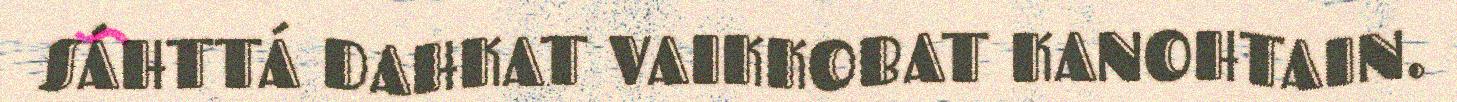
SÁHTTÁ DAHKAT VAIKKOBAT KANOHTAIN.